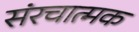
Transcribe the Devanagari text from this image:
संरचात्मक